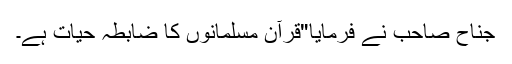
جناحؒ صاحب نے فرمایا"قرآن مسلمانوں کا ضابطہ حیات ہے۔